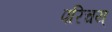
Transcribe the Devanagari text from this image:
परिचय्